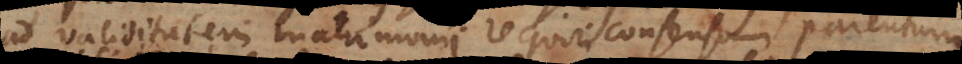
ad validitatem matrimonii requiri consensum parentum